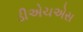
ડીએચએસ